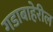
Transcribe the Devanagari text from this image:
गडाबाहेरील